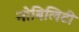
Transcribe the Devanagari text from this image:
नोबिलिटी